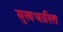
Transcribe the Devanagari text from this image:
मुखधारित